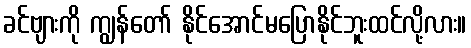
ခင်ဗျားကို ကျွန်တော် နိုင်အောင်မပြောနိုင်ဘူးထင်လို့လား။